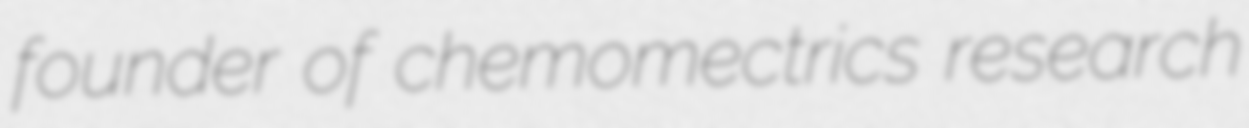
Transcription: founder of chemomectrics research